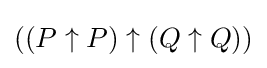
((P\uparrow P)\uparrow (Q\uparrow Q))